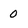
Character: 0